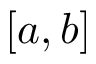
[ a , b ]